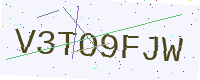
Text: V3TO9FJW